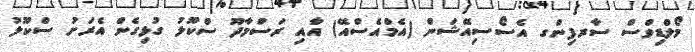
މޯލްޑިވްސް ސާރފިންގ އެސޯސިއޭޝަން (އެމްއެސްއޭ) އާއި ރަސްމާދޫ ސްކޫލު ގުޅިގެން އެރަށު ސްކޫލު